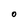
Character: 0